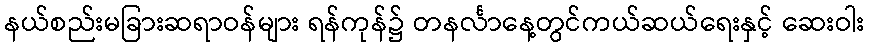
နယ်စည်းမခြားဆရာဝန်များ ရန်ကုန်၌ တနင်္လာနေ့တွင်ကယ်ဆယ်ရေးနှင့် ဆေးဝါး